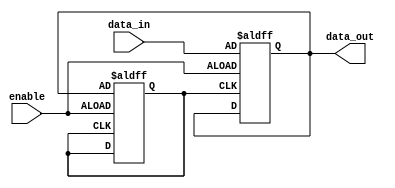
module io_buffer (
    input wire enable, 
    input wire data_in, 
    output reg data_out
);

reg activity_monitor;

always @ (posedge enable or posedge activity_monitor)
begin
    if(enable) begin
        // Your low-power buffer design code goes here
        
        // Reduce drive strength of output buffer
        data_out <= data_in;
        
        // Implement power-saving features like data retention during idle periods
        // (not implemented in this snippet)

        // Monitor activity of output signals and adjust power consumption accordingly
        activity_monitor <= data_out;
    end
end

endmodule